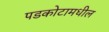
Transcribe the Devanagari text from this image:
पडकोटामधील